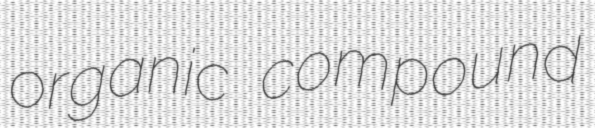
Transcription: organic compound